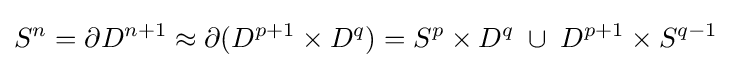
S^{n}=\partial D^{n+1}\approx \partial (D^{p+1}\times D^{q})=S^{p}\times D^{q}\;\cup \;D^{p+1}\times S^{q-1}